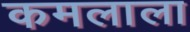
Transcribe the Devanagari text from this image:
कमलाला